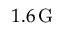
1 . 6 \, \mathrm { G }